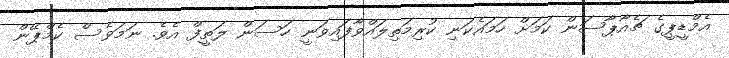
އެމްޑީޕީގެ ޗެއާޕާސަން ކަމަށް ހަމައެކަނި ކުރިމަތިލައްވާފައިވަނީ ހަސަން ލަތީފް އެވެ. ނަމަވެސް ކެމްޕޭން